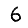
Digit: 6